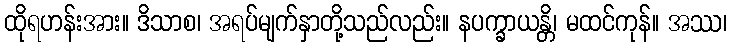
ထိုရဟန်းအား။ ဒိသာစ၊ အရပ်မျက်နှာတို့သည်လည်း။ နပက္ခာယန္တိ၊ မထင်ကုန်။ အဿ၊